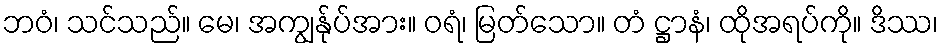
ဘဝံ၊ သင်သည်။ မေ၊ အကျွန်ုပ်အား။ ဝရံ၊ မြတ်သော။ တံ ဋ္ဌာနံ၊ ထိုအရပ်ကို။ ဒိဿ၊